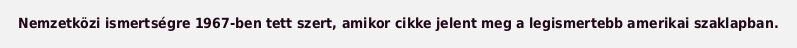
Nemzetközi ismertségre 1967-ben tett szert, amikor cikke jelent meg a legismertebb amerikai szaklapban.